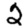
Digit: 2